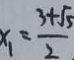
x _ { 1 } = \frac { 3 + \sqrt { 5 } } { 2 }